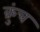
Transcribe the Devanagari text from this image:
क्रुंच